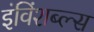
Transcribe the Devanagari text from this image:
इंविंशब्ल्स